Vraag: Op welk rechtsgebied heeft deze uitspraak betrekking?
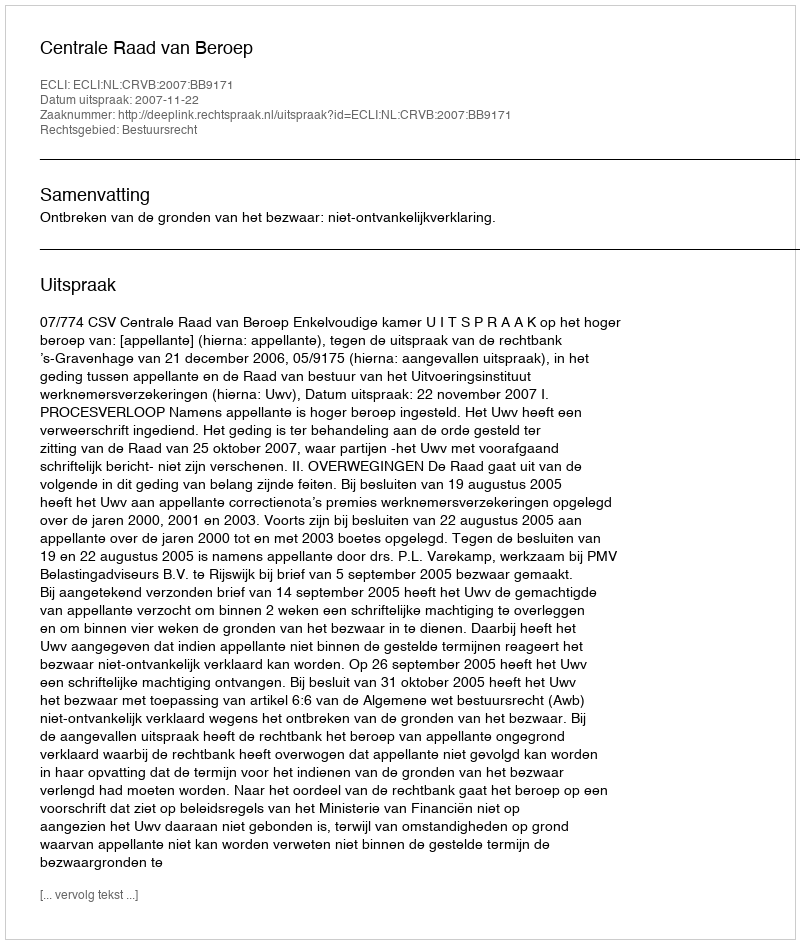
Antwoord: Bestuursrecht